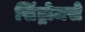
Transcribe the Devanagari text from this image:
सिंड्रोमसे